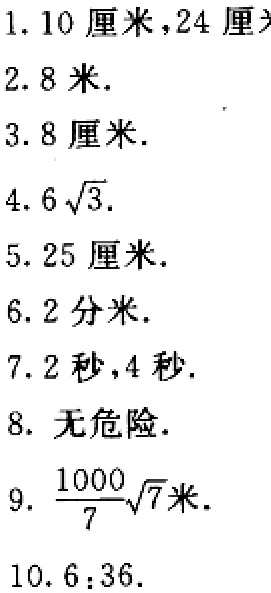
1. 10 厘米，24 厘米

2. 8 米.

3. 8 厘米.

4. \(6\sqrt{3}\).

5. 25 厘米.

6. 2 分米.

7. 2 秒，4 秒.

8. 无危险.

9. \(\frac{1000}{7}\sqrt{7}\)米.

10. \(6:36\).